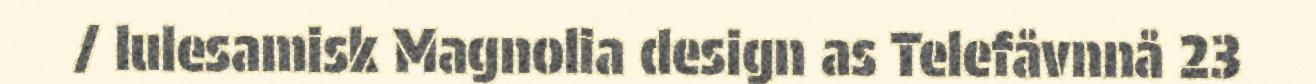
/ lulesamisk Magnolia design as Telefåvnnå 23